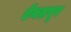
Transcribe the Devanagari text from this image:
ऐनतपूर